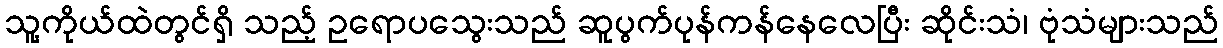
သူ့ကိုယ်ထဲတွင်ရှိ သည့် ဥရောပသွေးသည် ဆူပွက်ပုန်ကန်နေလေပြီး ဆိုင်းသံ၊ ဗုံသံများသည်